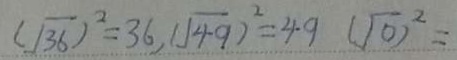
( \sqrt { 3 6 } ) ^ { 2 } = 3 6 , ( \sqrt { 4 9 } ) ^ { 2 } = 4 9 ( \sqrt { 0 } ) ^ { 2 } =